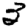
Digit: 3